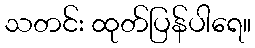
သတင်း ထုတ်ပြန်ပါရေ။